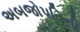
અબજોપતિની